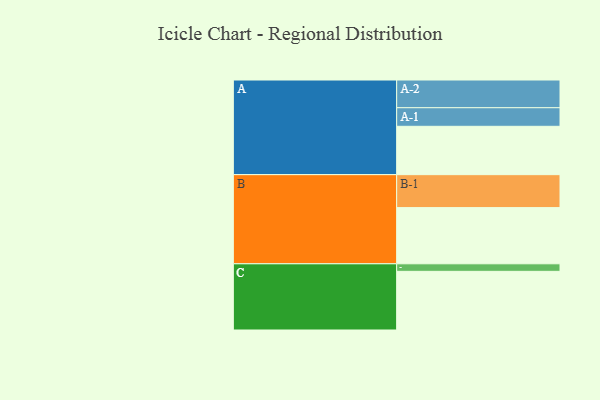
{"axis": {"x": "Segment", "y": "Value"}, "legend": ["", "A", "B", "C"], "data": [{"x": "A", "y": 333, "type": ""}, {"x": "B", "y": 387, "type": ""}, {"x": "C", "y": 404, "type": ""}, {"x": "A-1", "y": 128, "type": "A"}, {"x": "A-2", "y": 191, "type": "A"}, {"x": "B-1", "y": 227, "type": "B"}, {"x": "C-1", "y": 52, "type": "C"}]}